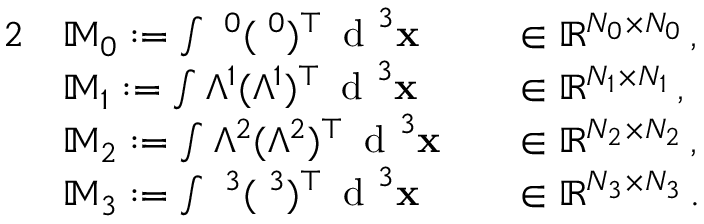
\begin{array} { r l r l } { { 2 } } & { \mathbb { M } _ { 0 } : = \int { \mathbf \Lambda ^ { 0 } } ( { \mathbf \Lambda ^ { 0 } } ) ^ { \top } \, \textnormal { d } ^ { 3 } { \mathbf x } } & & { \in \mathbb R ^ { N _ { 0 } \times N _ { 0 } } \, , } \\ & { \mathbb { M } _ { 1 } : = \int { \mathbb { \Lambda } ^ { 1 } } ( { \mathbb { \Lambda } ^ { 1 } } ) ^ { \top } \, \textnormal { d } ^ { 3 } { \mathbf x } } & & { \in \mathbb R ^ { N _ { 1 } \times N _ { 1 } } \, , } \\ & { \mathbb { M } _ { 2 } : = \int { \mathbb { \Lambda } ^ { 2 } } ( { \mathbb { \Lambda } ^ { 2 } } ) ^ { \top } \, \textnormal { d } ^ { 3 } { \mathbf x } } & & { \in \mathbb R ^ { N _ { 2 } \times N _ { 2 } } \, , } \\ & { \mathbb { M } _ { 3 } : = \int { \mathbf \Lambda ^ { 3 } } ( { \mathbf \Lambda ^ { 3 } } ) ^ { \top } \, \textnormal { d } ^ { 3 } { \mathbf x } } & & { \in \mathbb R ^ { N _ { 3 } \times N _ { 3 } } \, . } \end{array}